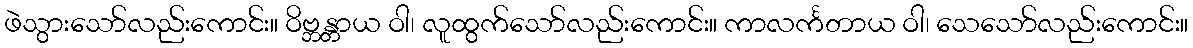
ဖဲသွားသော်လည်းကောင်း။ ဝိဗ္ဘန္တာယ ဝါ၊ လူထွက်သော်လည်းကောင်း။ ကာလင်္ကတာယ ဝါ၊ သေသော်လည်းကောင်း။